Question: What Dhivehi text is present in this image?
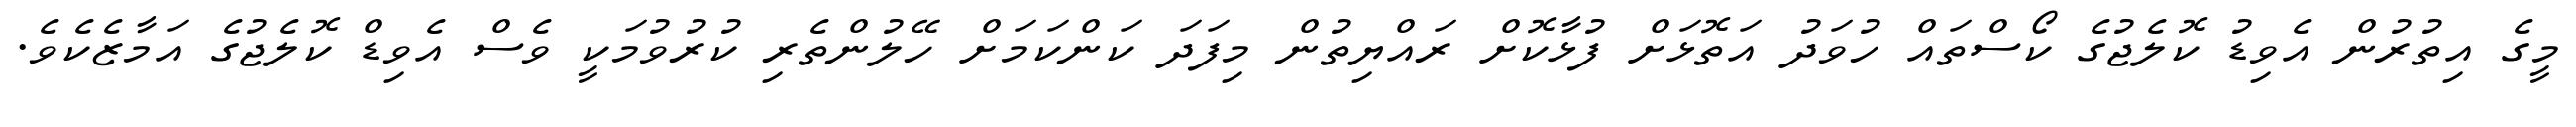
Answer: މީގެ އިތުރުން އެވިޑު ކޮލެޖުގެ ކޯސްތައް ހުވަދު އަތޮޅަށް ފުޅާކޮށް ރައްޔިތުން މިފަދަ ކަންކަމަށް ހޭލުންތެރި ކުރުވުމަކީ ވެސް އެވިޑް ކޮލެޖުގެ އަމާޒެކެވެ.